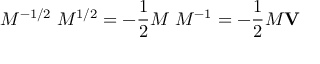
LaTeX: M ^ { - 1 / 2 } { \bf \nabla } M ^ { 1 / 2 } = - { \frac { 1 } { 2 } } M { \bf \nabla } M ^ { - 1 } = - { \frac { 1 } { 2 } } M { \bf V }